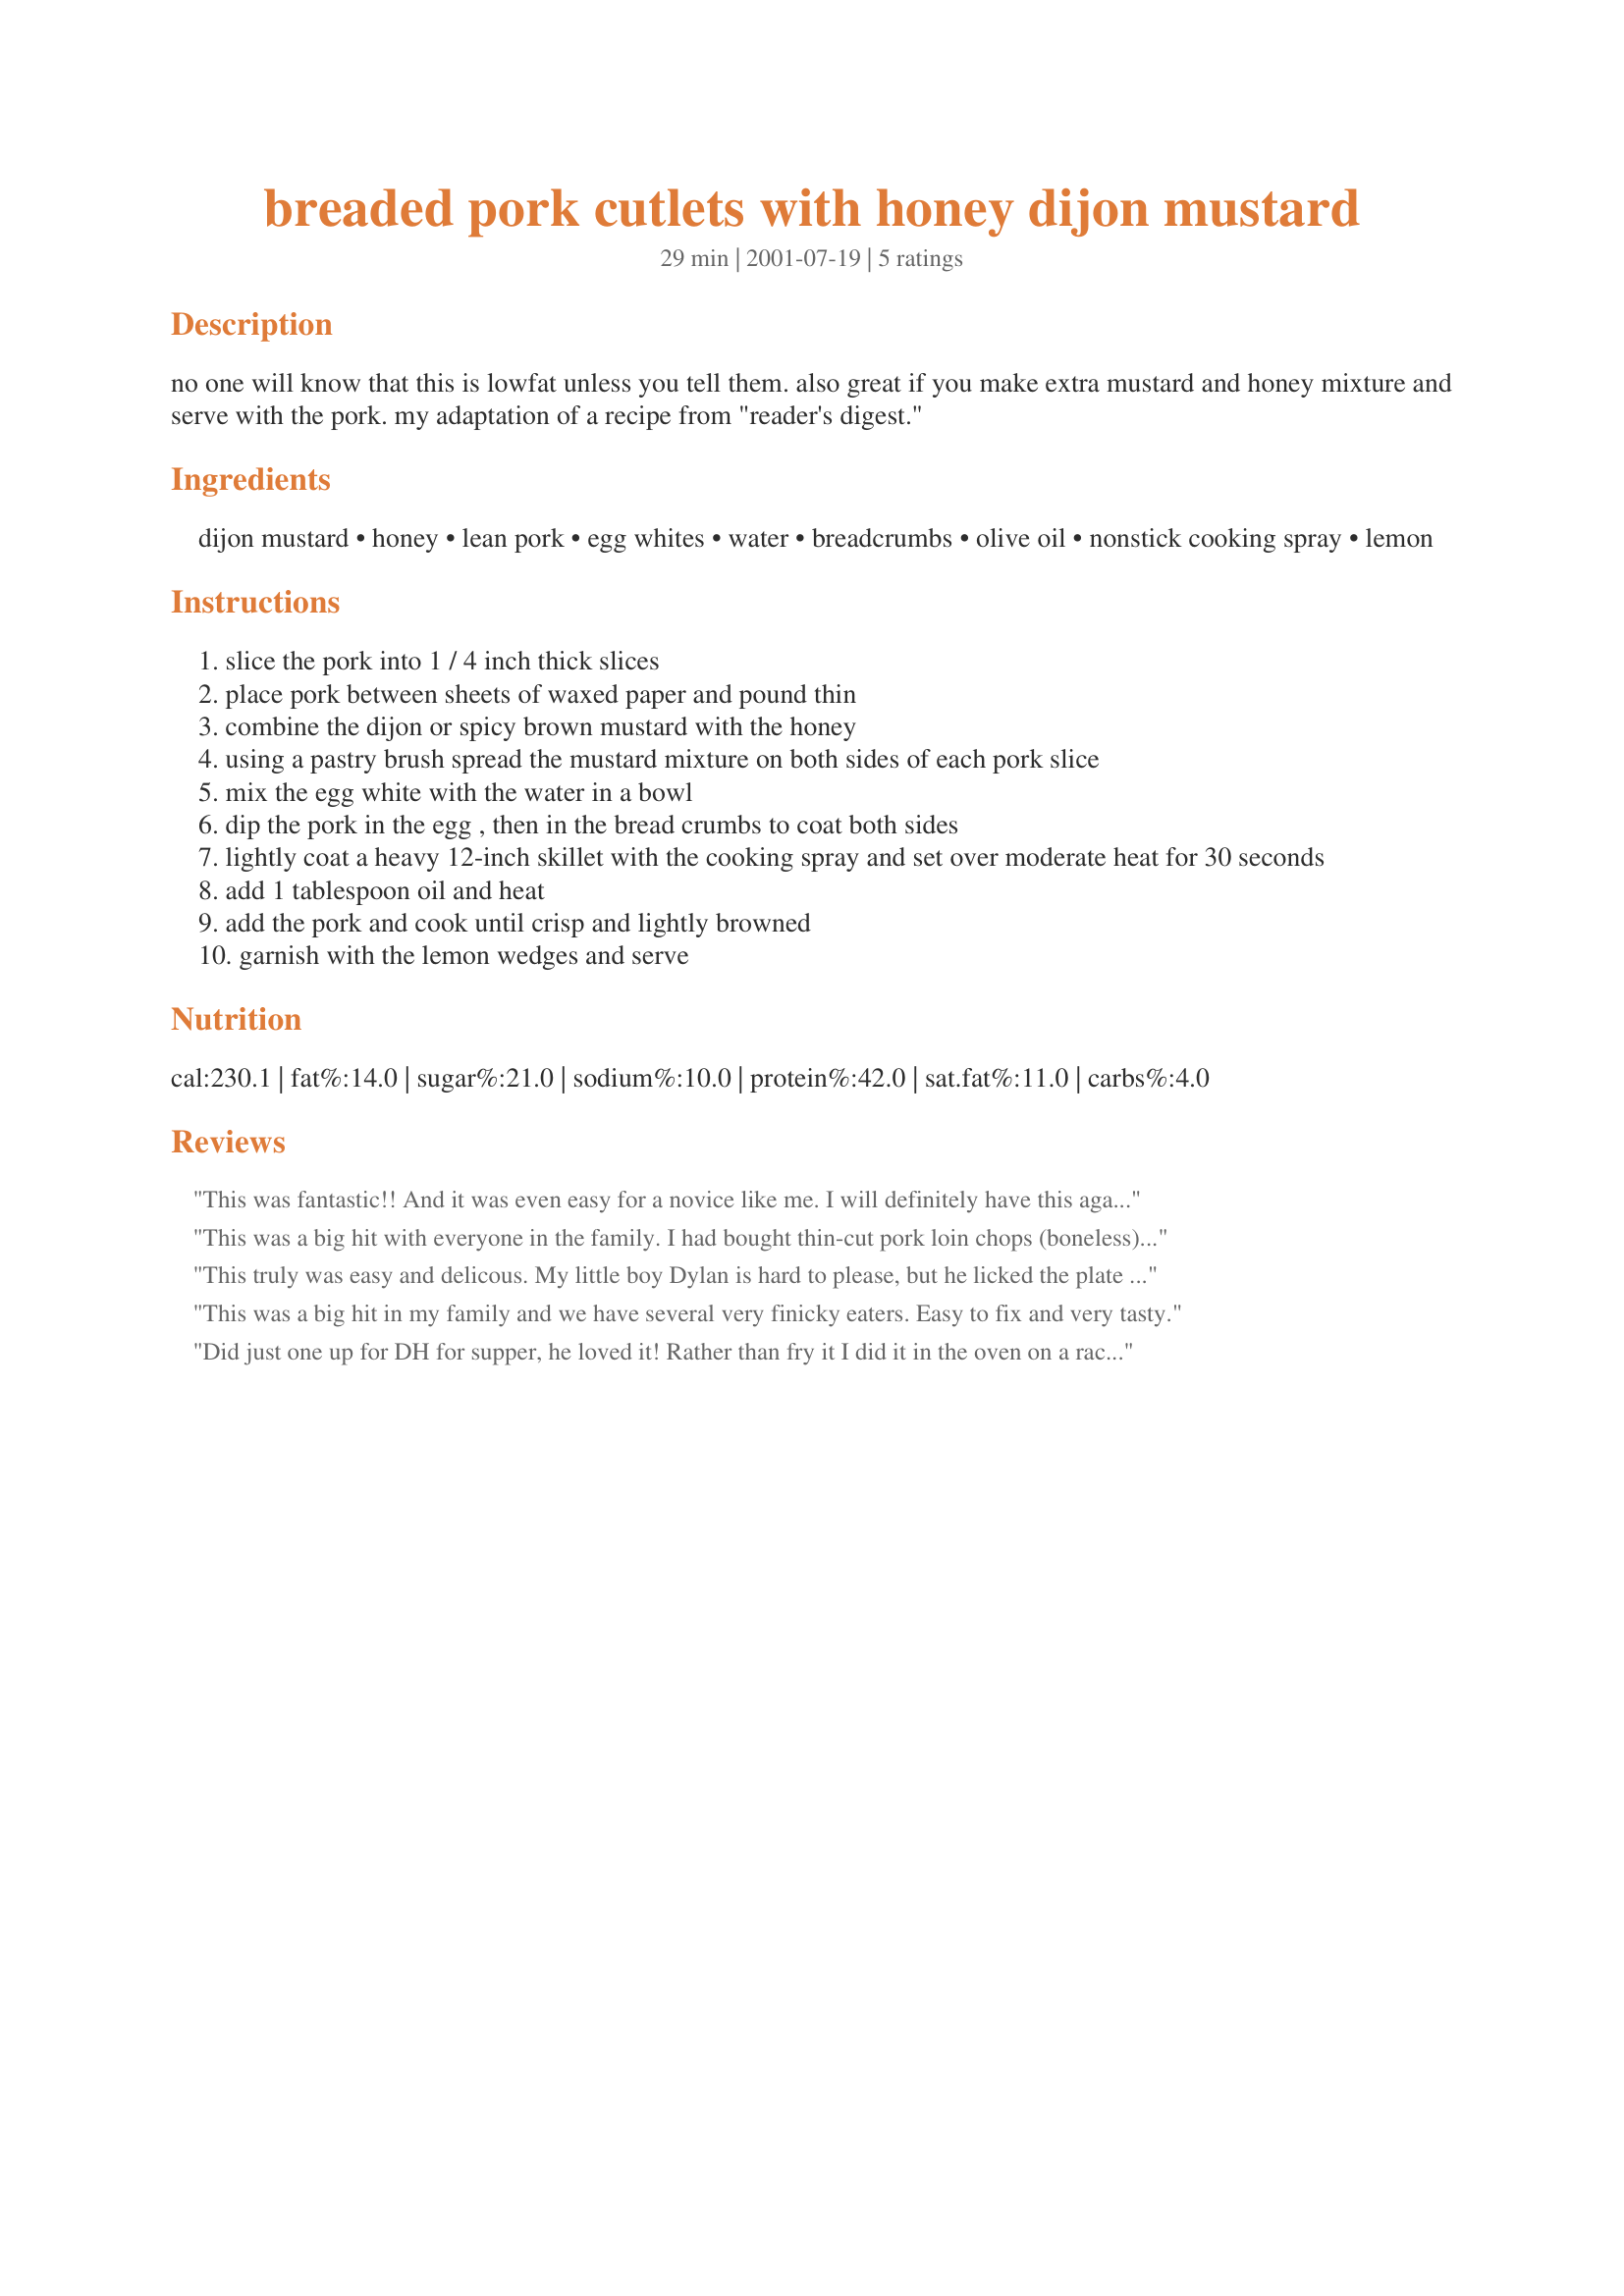
breaded pork cutlets with honey dijon mustard
Preparation time: 29 minutes

no one will know that this is lowfat unless you tell them. also great if you make extra mustard and honey mixture and serve with the pork. my adaptation of a recipe from "reader's digest."

Ingredients:
dijon mustard, honey, lean pork, egg whites, water, breadcrumbs, olive oil, nonstick cooking spray, lemon

Steps:
slice the pork into 1 / 4 inch thick slices
place pork between sheets of waxed paper and pound thin
combine the dijon or spicy brown mustard with the honey
using a pastry brush spread the mustard mixture on both sides of each pork slice
mix the egg white with the water in a bowl
dip the pork in the egg , then in the bread crumbs to coat both sides
lightly coat a heavy 12-inch skillet with the cooking spray and set over moderate heat for 30 seconds
add 1 tablespoon oil and heat
add the pork and cook until crisp and lightly browned
garnish with the lemon wedges and serve

Reviews:
This was fantastic!! And it was even easy for a novice like me. I will definitely have this again.......
This was a big hit with everyone in the family. I had bought thin-cut pork loin chops (boneless) at the store, so I did not bother to pound them. I had about 1.5lbs, so I doubled everything in the recipe. The amounts were a bit off - I had extra honey/mustard mixture and egg substitute, but ran out of breadcrumbs. I used panko breadcrumbs because I had them on hand. When i cooked the pork for the first 4 min, it was still very pink - I think next time I would use a little oil vs. the spray, and let the pan heat up more than 30 seconds. I ended up turning them and cooking for an additional 2 minutes to make sure they were cooked, and the crust stuck to the pan a bit. I made this again, and I found that again it takes a lot longer to cook the pork. Also, the breadcrumb coating sticks to the pan, so you lose large patches of it. I am going to try to pan fry at a lower heat/more oil, then transfer to oven to bake for ~10 min more or so to cook - I&#039;m fine if they are a little pink, I&#039;m talking about still raw.
This truly was easy and delicous. My little boy Dylan is hard to please, but he licked the plate clean and asked for more. Well Done!!!
This was a big hit in my family and we have several very finicky eaters. Easy to fix and very tasty.
Did just one up for DH for supper, he loved it! Rather than fry it I did it in the oven on a rack, turned out lovely and crisp.
I did use a whole egg, He loved the honey mustard flavour and would like to have it again, thanks for posting.
